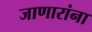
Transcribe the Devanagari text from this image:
जाणारांना